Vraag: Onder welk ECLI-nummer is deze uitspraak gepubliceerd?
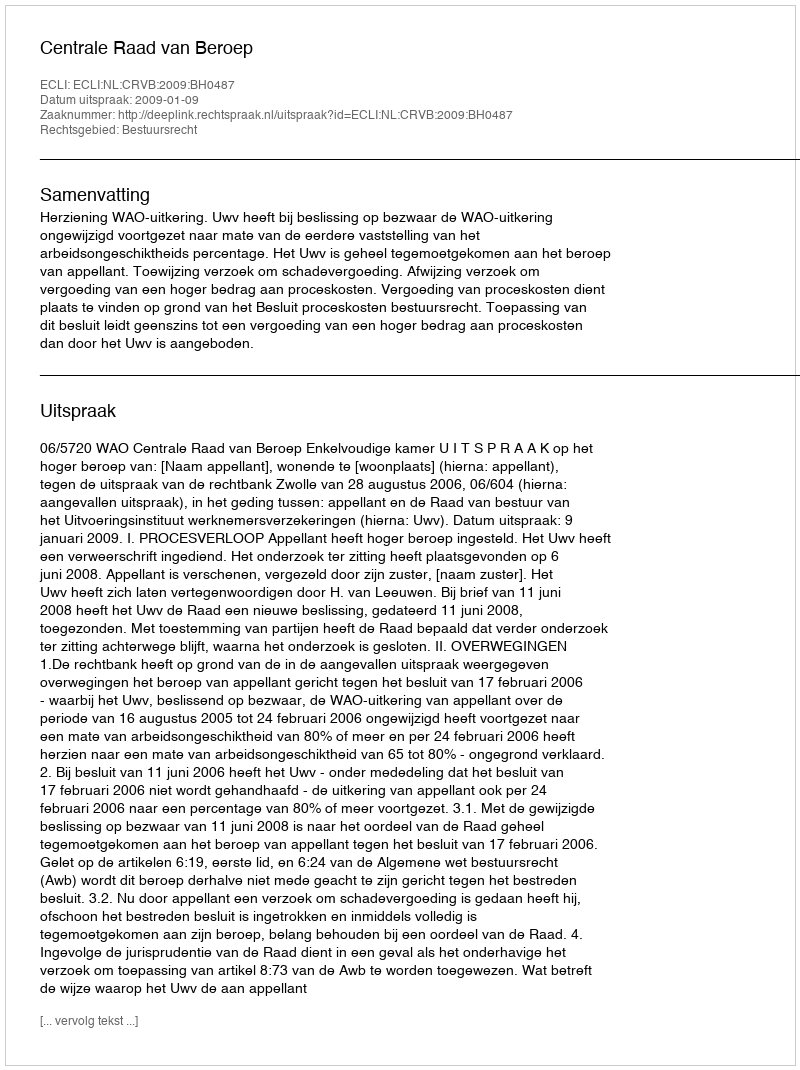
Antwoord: ECLI:NL:CRVB:2009:BH0487